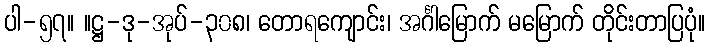
ပါ-၅၇။ ။ဋ္ဌ-ဒု-အုပ်-၃၀၈၊ တောရကျောင်း၊ အင်္ဂါမြောက် မမြောက် တိုင်းတာပြပုံ။